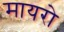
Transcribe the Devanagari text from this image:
मायरो